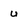
Character: U